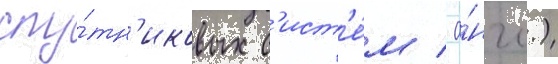
спу́тн'иковых с'ист'е́м / а́нгл.)